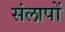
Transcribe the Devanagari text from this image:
संलापों